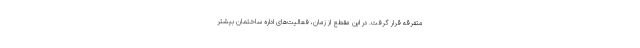
متفرقه قرار گرفت. در این مقطع از زمان، فعالیت‌های اداره ساختمان بیشتر